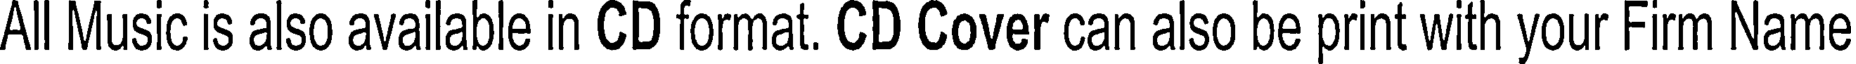
All Music is also available in CD format. CD Cover can also be print with your Firm Name